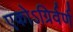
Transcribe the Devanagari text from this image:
एकोऽग्रिर्वर्ण